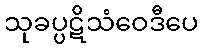
သုခပ္ပဋိသံဝေဒီပေ